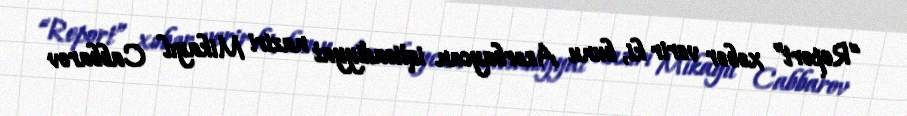
“Report” xəbər verir ki, bunu Azərbaycan iqtisadiyyat naziri Mikayıl Cabbarov